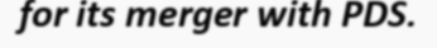
for its merger with PDS.